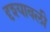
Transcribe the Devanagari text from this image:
दृश्‍यावली